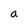
Character: a